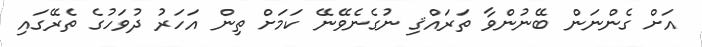
އަށް ގެންނަން ބޭނުންވާ ތަރައްޤި ނުގެނެވޭނޭ ކަމަށް ތިން އަހަރު ދުވަހުގެ ތެރޭގައި